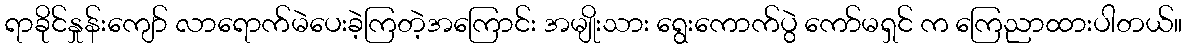
ရာခိုင်နှုန်းကျော် လာရောက်မဲပေးခဲ့ကြတဲ့အကြောင်း အမျိုးသား ရွေးကောက်ပွဲ ကော်မရှင် က ကြေညာထားပါတယ်။